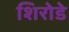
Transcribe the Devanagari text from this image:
शिरोडे